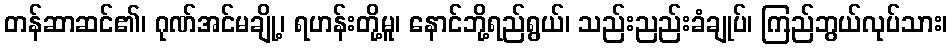
တန်ဆာဆင်၏၊ ဂုဏ်အင်မချို့၊ ရဟန်းတို့မူ၊ နောင်ဘို့ရည်ရွယ်၊ သည်းညည်းခံချုပ်၊ ကြည်ဘွယ်လုပ်သား၊